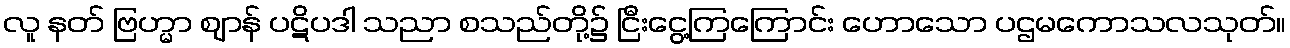
လူ နတ် ဗြဟ္မာ ဈာန် ပဋိပဒါ သညာ စသည်တို့၌ ငြီးငွေ့ကြကြောင်း ဟောသော ပဌမကောသလသုတ်။